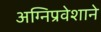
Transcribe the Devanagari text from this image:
अग्‍निप्रवेशाने